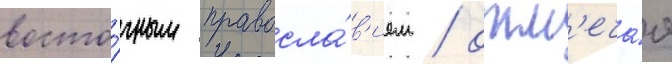
восто́чным правосла́в'ием / отм'еча́я